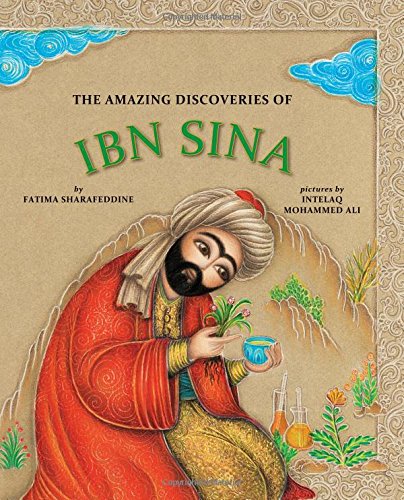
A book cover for The Amazing Discoveries of Ibn Sina; Fatima Sharafeddine; Children's Books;